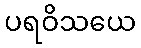
ပရဝိသယေ